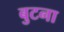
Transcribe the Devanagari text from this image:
बुटना